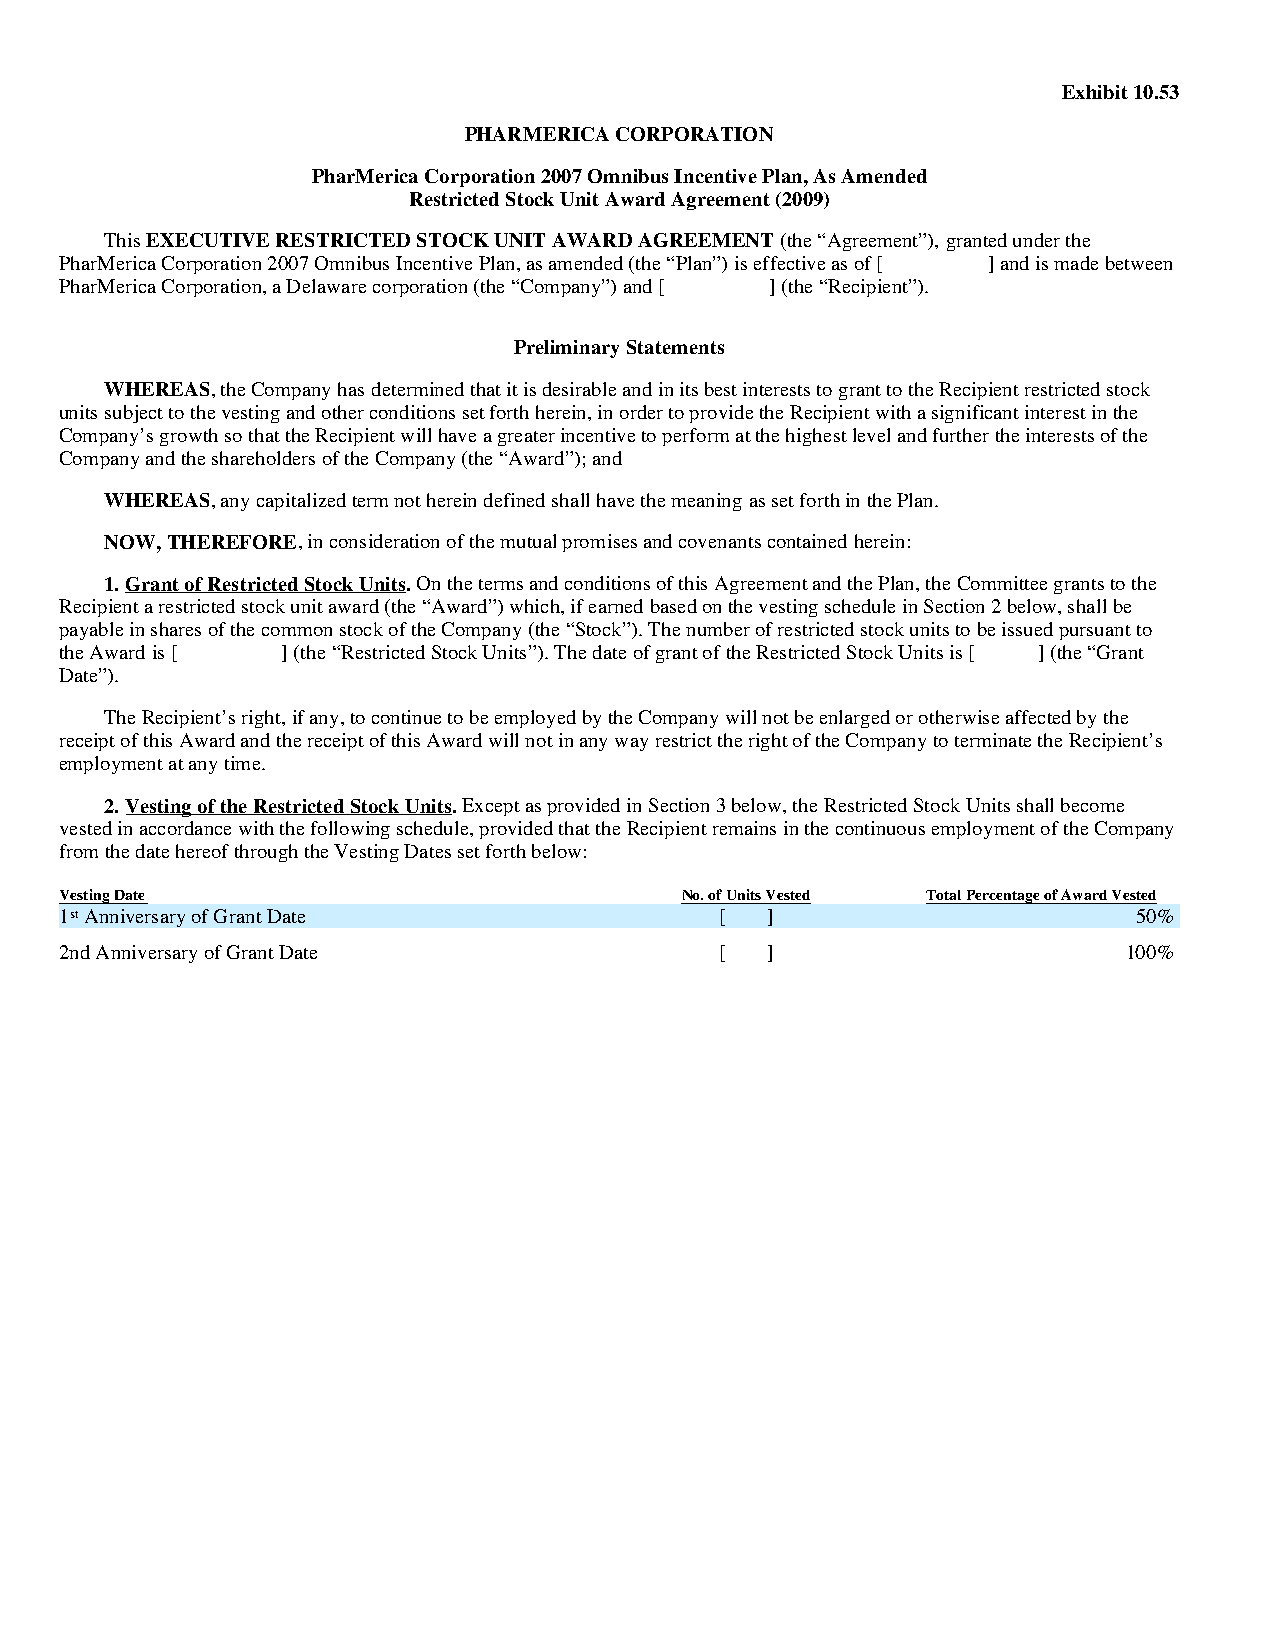
Exhibit 10.53
 PHARMERICA CORPORATION
 PharMerica Corporation 2007 Omnibus Incentive Plan, As Amended
 Restricted Stock Unit Award Agreement (2009)
 This EXECUTIVE RESTRICTED STOCK UNIT AWARD AGREEMENT (the “Agreement”), granted under the
 PharMerica Corporation 2007 Omnibus Incentive Plan, as amended (the “Plan”) is effective as of [ ] and is made between
 PharMerica Corporation, a Delaware corporation (the “Company”) and [ ] (the “Recipient”).
 Preliminary Statements
 WHEREAS, the Company has determined that it is desirable and in its best interests to grant to the Recipient restricted stock
 units subject to the vesting and other conditions set forth herein, in order to provide the Recipient with a significant interest in the
 Company’s growth so that the Recipient will have a greater incentive to perform at the highest level and further the interests of the
 Company and the shareholders of the Company (the “Award”); and
 WHEREAS, any capitalized term not herein defined shall have the meaning as set forth in the Plan.
 NOW, THEREFORE, in consideration of the mutual promises and covenants contained herein:
 1. Grant of Restricted Stock Units. On the terms and conditions of this Agreement and the Plan, the Committee grants to the
 Recipient a restricted stock unit award (the “Award”) which, if earned based on the vesting schedule in Section 2 below, shall be
 payable in shares of the common stock of the Company (the “Stock”). The number of restricted stock units to be issued pursuant to
 the Award is [ ] (the “Restricted Stock Units”). The date of grant of the Restricted Stock Units is [ ] (the “Grant
 Date”).
 The Recipient’s right, if any, to continue to be employed by the Company will not be enlarged or otherwise affected by the
 receipt of this Award and the receipt of this Award will not in any way restrict the right of the Company to terminate the Recipient’s
 employment at any time.
 2. Vesting of the Restricted Stock Units. Except as provided in Section 3 below, the Restricted Stock Units shall become
 vested in accordance with the following schedule, provided that the Recipient remains in the continuous employment of the Company
 from the date hereof through the Vesting Dates set forth below:
 Vesting Date                             No. of Units Vested Total Percentage of Award Vested
 1st Anniversary of Grant Date               [  ]                       50%
 2nd Anniversary of Grant Date               [  ]                       100%